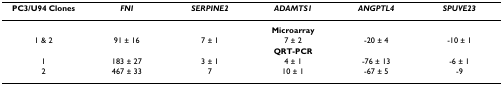
| PC3/U94 Clones | FNI | SERPINE2 | ADAMTS1 | ANGPTL4 | SPUVE23 |
 | --- | --- | --- | --- | --- | --- |
 |  |  |  | Microarray |  |  |
 | 1 & 2 | 91 ± 16 | 7 ± 1 | 7 ± 2 | -20 ± 4 | -10 ± 1 |
 |  |  |  | QRT-PCR |  |  |
 | 1 | 183 ± 27 | 3 ± 1 | 4 ± 1 | -76 ± 13 | -6 ± 1 |
 | 2 | 467 ± 33 | 7 | 10 ± 1 | -67 ± 5 | -9 |